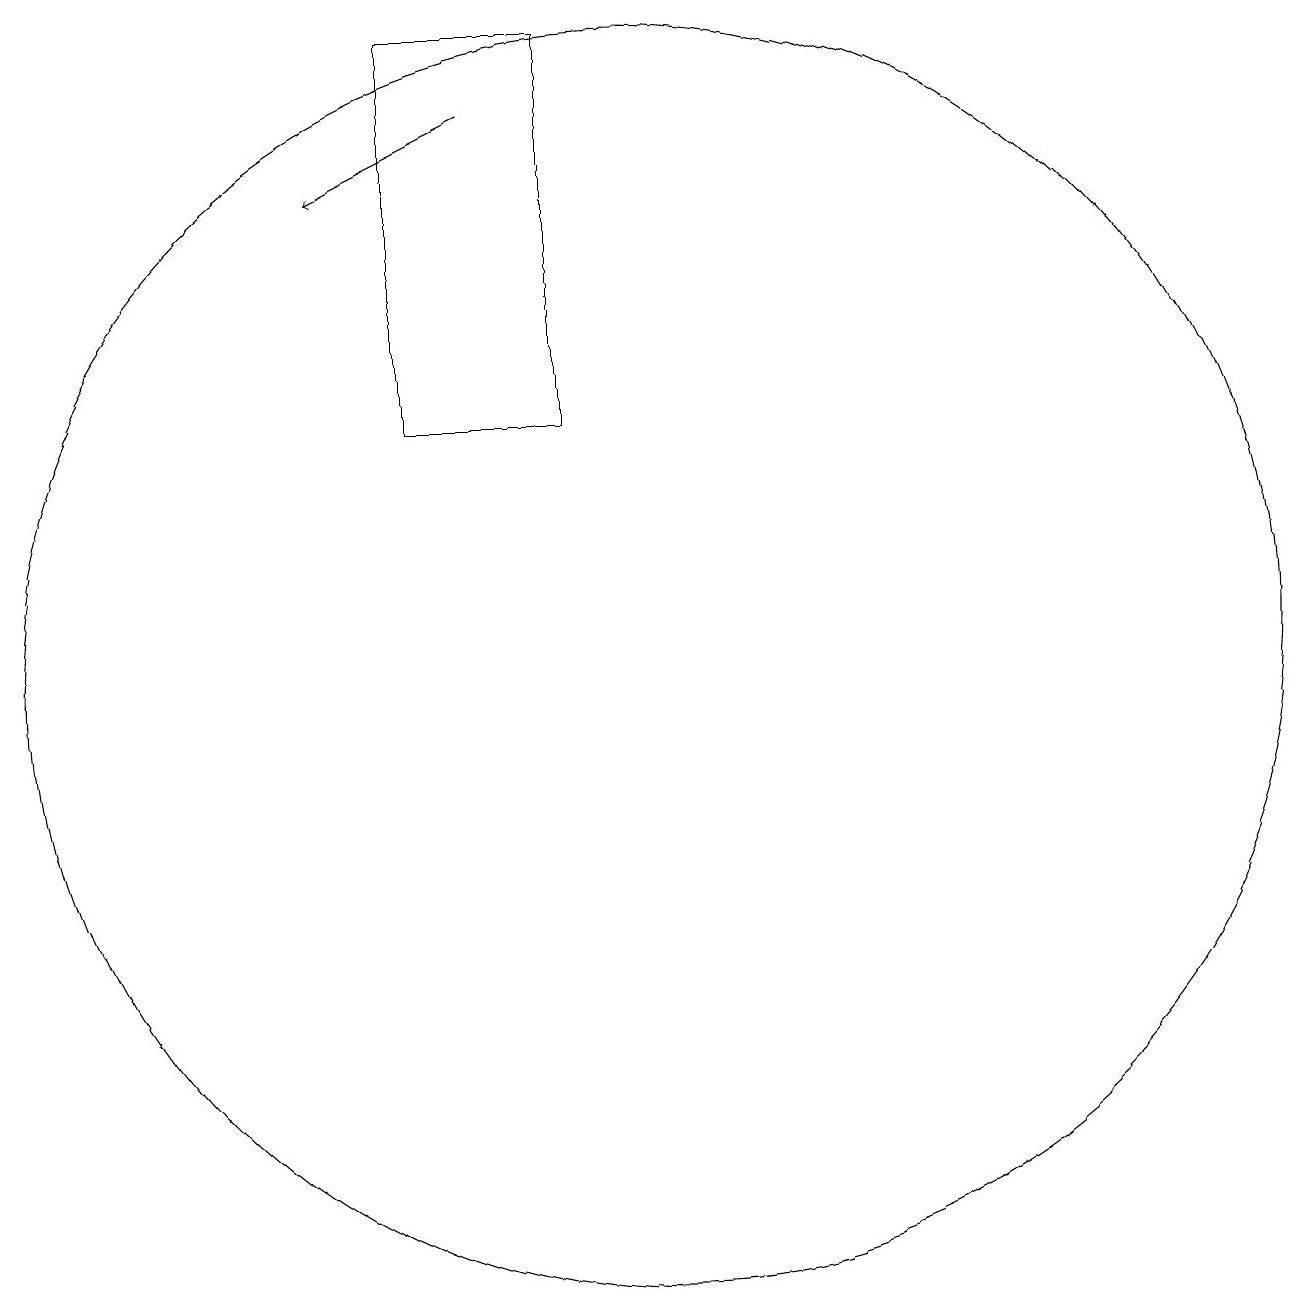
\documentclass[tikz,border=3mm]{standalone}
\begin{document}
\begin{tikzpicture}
\draw[->] (8,17) -- (6,16);
\draw (9,13) rectangle (7,18);
\draw (10,10) circle (8);
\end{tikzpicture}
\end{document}